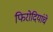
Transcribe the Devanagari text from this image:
फिरोदियांचे